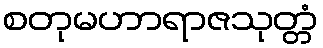
စတုမဟာရာဇသုတ္တံ